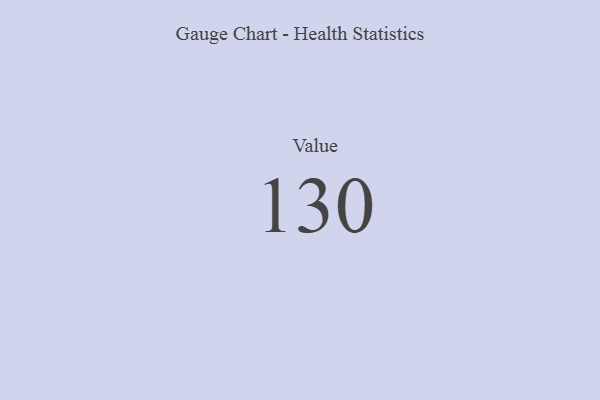
{"axis": {"x": "Metric", "y": "Value"}, "legend": [""], "data": [{"x": "Value", "y": 130, "type": ""}]}